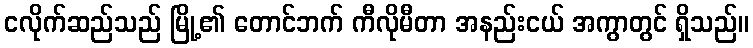
ငလိုက်ဆည်သည် မြို့၏ တောင်ဘက် ကီလိုမီတာ အနည်းငယ် အကွာတွင် ရှိသည်။